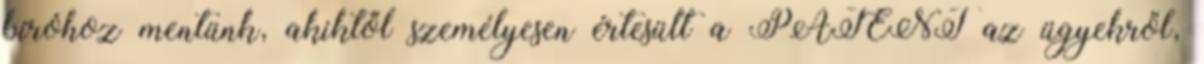
bíróhoz mentünk, akiktől személyesen értesült a PATENT az ügyekről,